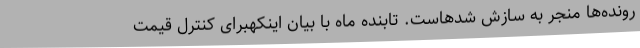
رونده‌ها منجر به سازش شدهاست. تابنده ماه با بیان اینکهبرای کنترل قیمت